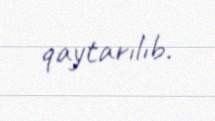
qaytarılıb.